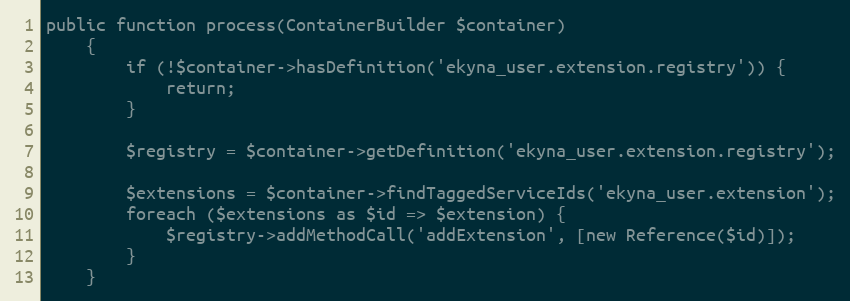
Language: PHP
public function process(ContainerBuilder $container)
    {
        if (!$container->hasDefinition('ekyna_user.extension.registry')) {
            return;
        }

        $registry = $container->getDefinition('ekyna_user.extension.registry');

        $extensions = $container->findTaggedServiceIds('ekyna_user.extension');
        foreach ($extensions as $id => $extension) {
            $registry->addMethodCall('addExtension', [new Reference($id)]);
        }
    }